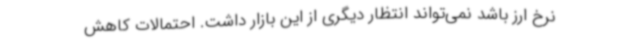
نرخ ارز باشد نمی‌تواند انتظار دیگری از این بازار داشت. احتمالات کاهش